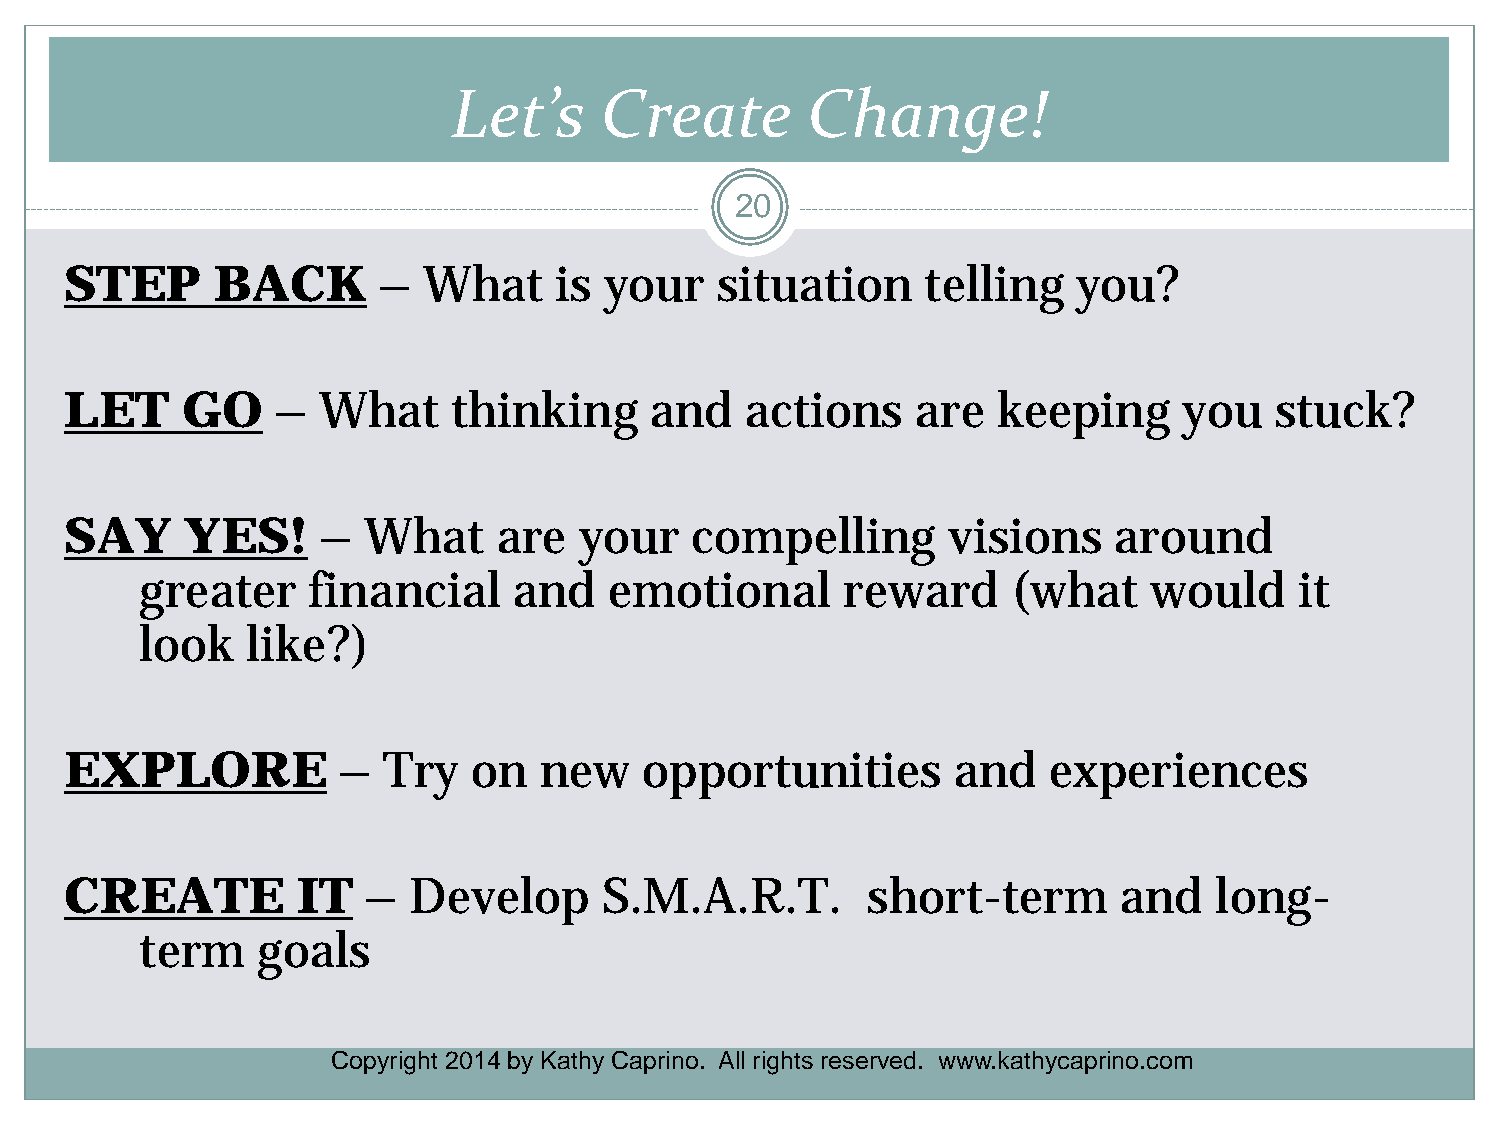
Let’s     Create       Change!
 20
 STEP      BACK       –  What     is your   situation     telling   you?
 LET     GO    –  What     thinking     and   actions     are  keeping     you   stuck?
 SAY     YES!     –  What     are  your    compelling       visions    around
 greater    financial     and   emotional       reward     (what    would     it
 look   like?)
 EXPLORE           –  Try   on   new    opportunities       and   experiences
 CREATE          IT  –  Develop      S.M.A.R.T.       short-term       and   long-
 term    goals
 Copyright 2014 by Kathy Caprino. All rights reserved. www.kathycaprino.com